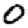
Digit: 0